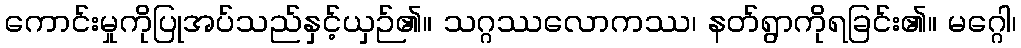
ကောင်းမှုကိုပြုအပ်သည်နှင့်ယှဉ်၏။ သဂ္ဂဿလောကဿ၊ နတ်ရွာကိုရခြင်း၏။ မဂ္ဂေါ၊